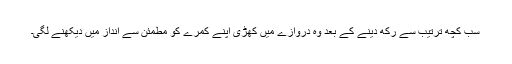
سب کچھ ترتیب سے رکھ دینے کے بعد وہ دروازے میں کھڑی اپنے کمرے کو مطمئن سے انداز میں دیکھنے لگی۔